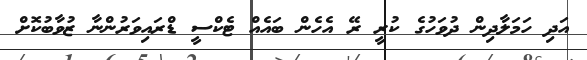
އަދި ހަމަލާދިން ދުވަހުގެ ކުރީ ރޭ އެހެން ބައެއް ޓެކްސީ ޑްރައިވަރުންނާ ޒުވާބުކޮށް